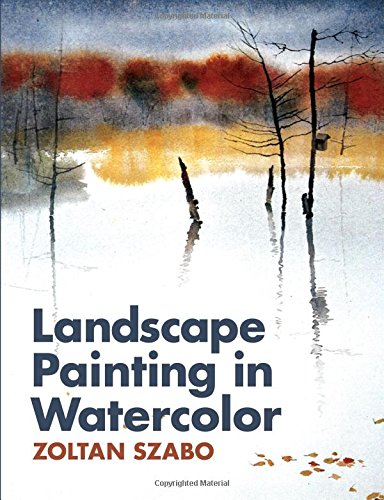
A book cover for Landscape Painting in Watercolor; Zoltan Szabo; Arts & Photography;